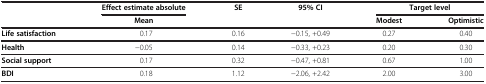
<table><thead><tr><td><b> </b></td><td><b>Effect estimate absolute</b></td><td><b>SE</b></td><td><b>95% CI</b></td><td colspan="2"><b>Target level</b></td></tr><tr><td><b> </b></td><td><b>Mean</b></td><td><b> </b></td><td><b> </b></td><td><b>Modest</b></td><td><b>Optimistic</b></td></tr></thead><tbody><tr><td><b>Life satisfaction</b></td><td>0.17</td><td>0.16</td><td>−0.15, +0.49</td><td>0.27</td><td>0.40</td></tr><tr><td><b>Health</b></td><td>−0.05</td><td>0.14</td><td>−0.33, +0.23</td><td>0.20</td><td>0.30</td></tr><tr><td><b>Social support</b></td><td>0.17</td><td>0.32</td><td>−0.47, +0.81</td><td>0.67</td><td>1.00</td></tr><tr><td><b>BDI</b></td><td>0.18</td><td>1.12</td><td>−2.06, +2.42</td><td>2.00</td><td>3.00</td></tr></tbody></table>